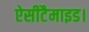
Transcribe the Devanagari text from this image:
ऐसीटैमाइड।